Report on vaccination in the Province of Bengal - 1874-1889
Year: 1874
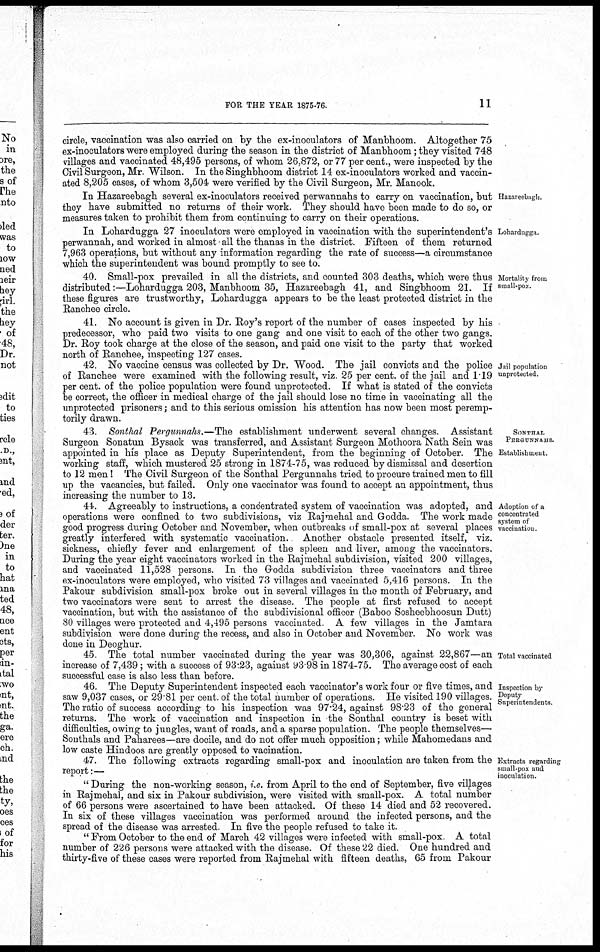
FOR THE YEAR 1875-76.
11
circle, vaccination was also carried on by the ex-inoculators of Manbhoom. Altogether 75
ex-inoculators were employed during the season in the district of Manbhoom ; they visited 748
villages and vaccinated 48,495 persons, of whom 26,872, or 77 per cent., were inspected by the
Civil Surgeon, Mr Wilson. In the Singhbhoom district 14 ex-inoculators worked and vaccin-
ated 8,205 cases, of whom 3,504 were verified by the Civil Surgeon, Mr. Manook.
Hazareebagh.
In Hazareebagh several ex-inoculators received perwannahs to carry on vaccination, but
they have submitted no returns of their work. They should have been made to do so, or
measures taken to prohibit them from continuing to carry on their operations.
Lohardugga.
In Lohardugga 27 inoculators were employed in vaccination with the superintendent's
perwannah, and worked in almost all the thanas in the district. Fifteen of them returned
7,963 operations, but without any information regarding the rate of success—a circumstance
which the superintendent was bound promptly to see to.
Mortality from
small-pox
40. Small-pox prevailed in all the districts, and counted 303 deaths, which were thus
distributed:—Lohardugga 203, Manbhoom 35, Hazareebagh 41, and Singbhoom 21. If
these figures are trustworthy, Lohardugga appears to be the least protected district in the
Ranchee circle.
41. No account is given in Dr. Roy's report of the number of cases inspected by his
predecessor, who paid two visits to one gang and one visit to each of the other two gangs.
Dr. Roy took charge at the close of the season, and paid one visit to the party that worked
north of Ranchee, inspecting 127 cases.
Jail population
unprotected
42. No vaccine census was collected by Dr. Wood. The jail convicts and the police
of Ranchee were examined with the following result, viz. 25 per cent. of the jail and 1.19
per cent. of the police population were found unprotected. If what is stated of the convicts
be correct, the officer in medical charge of the jail should lose no time in vaccinating all the
unprotected prisoners ; and to this serious omission his attention has now been most peremp-
torily drawn.
SONTHAL
PERGUNNAHS.
Establishment.
43. Sonthal Pergunnahs.—The establishment underwent several changes. Assistant
Surgeon Sonatun Bysack was transferred, and Assistant Surgeon Mothoora Nath Sein was
appointed in his place as Deputy Superintendent, from the beginning of October. The
working staff, which mustered 25 strong in 1874-75, was reduced by dismissal and desertion
to 12 men! The Civil Surgeon of the Sonthal Pergunnahs tried to procure trained men to fill
up the vacancies, but failed. Only one vaccinator was found to accept an appointment, thus
increasing the number to 13.
Adoption of a
concentrated
system of
vaccination.
44. Agreeably to instructions, a concentrated system of vaccination was adopted, and
operations were confined to two subdivisions, viz Rajmehal and Godda. The work made
good progress during October and November, when outbreaks of small-pox at several places
greatly interfered with systematic vaccination. Another obstacle presented itself, viz.
sickness, chiefly fever and enlargement of the spleen and liver, among the vaccinators.
During the year eight vaccinators worked in the Rajmehal subdivision, visited 200 villages,
and vaccinated 11,528 persons. In the Godda subdivision three vaccinators and three
ex-inoculators were employed, who visited 73 villages and vaccinated 5,416 persons. In the
Pakour subdivision small-pox broke out in several villages in the month of February, and
two vaccinators were sent to arrest the disease. The people at first refused to accept
vaccination, but with the assistance of the subdivisional officer (Baboo Sosheebhoosun Dutt)
80 villages were protected and 4,495 persons vaccinated A few villages in the Jamtara
subdivision were done during the recess, and also in October and November. No work was
done in Deoghur.
Total vaccinated
45 The total number vaccinated during the year was 30,306, against 22,867—an
increase of 7,439; with a success of 93.23, against 93.98 in 1874-75. The average cost of each
successful case is also less than before.
Inspection by
Deputy
Superintendents.
46. The Deputy Superintendent inspected each vaccinator's work four or five times, and
saw 9,037 cases, or 29.81 per cent. of the total number of operations. He visited 190 villages.
The ratio of success according to his inspection was 97.24, against 98.23 of the general
returns. The work of vaccination and inspection in the Sonthal country is beset with
difficulties, owing to jungles, want of roads, and a sparse population. The people themselves—
Sonthals and Paharees—are docile, and do not offer much opposition; while Mahomedans and
low caste Hindoos are greatly opposed to vacination.
Extracts regarding
small-pox and
inoculation.
47. The following extracts regarding small-pox and inoculation are taken from the
report:—
" During the non-working season, i.e. from April to the end of September, five villages
in Rajmehal, and six in Pakour subdivision, were visited with small-pox. A total number
of 66 persons were ascertained to have been attacked. Of these 14 died and 52 recovered.
In six of these villages vaccination was performed around the infected persons, and the
spread of the disease was arrested. In five the people refused to take it.
" From October to the end of March 42 villages were infected with small-pox. A total
number of 226 persons were attacked with the disease. Of these 22 died. One hundred and
thirty-five of these cases were reported from Rajmehal with fifteen deaths, 65 from Pakour